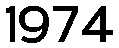
1974